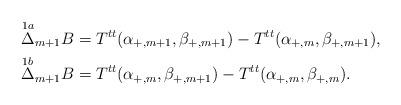
LaTeX: \begin{align*} \overset{1a}{\Delta}_{m+1}B&=T^{tt}(\alpha_{+,m+1},\beta_{+,m+1})-T^{tt}(\alpha_{+,m},\beta_{+,m+1}),\\ \overset{1b}{\Delta}_{m+1}B&=T^{tt}(\alpha_{+,m},\beta_{+,m+1})-T^{tt}(\alpha_{+,m},\beta_{+,m}).\end{align*}